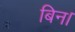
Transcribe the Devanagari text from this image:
बिन।